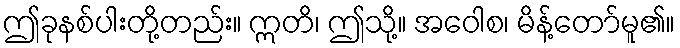
ဤခုနစ်ပါးတို့တည်း။ ဣတိ၊ ဤသို့။ အဝေါစ၊ မိန့်တော်မူ၏။